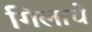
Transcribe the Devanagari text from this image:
गिलाचे